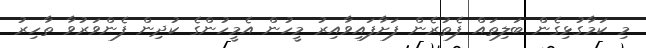
މި ކަމާގުޅިގެން ބަލިތައް ފެތުރެން ފަށާފައިވާއިރު މީހުން އެމީހުންގެ ކުދިން ފެންވަރުވާ ތާހިރު